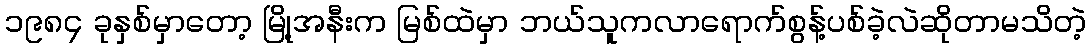
၁၉၈၄ ခုနှစ်မှာတော့ မြို့အနီးက မြစ်ထဲမှာ ဘယ်သူကလာရောက်စွန့်ပစ်ခဲ့လဲဆိုတာမသိတဲ့